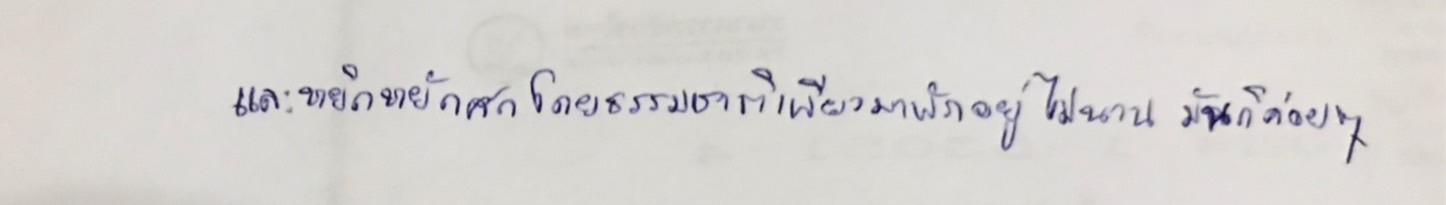
และหยิกหยักศกโดยธรรมชาติเพียงมาพักอยู่ไม่นานมันก็ค่อยๆ